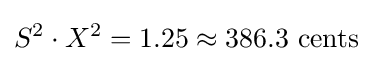
S^{2}\cdot X^{2}=1.25\approx 386.3{\text{ cents}}